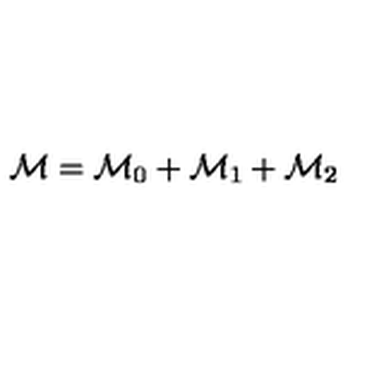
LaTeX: { \cal M } = { \cal M } _ { 0 } + { \cal M } _ { 1 } + { \cal M } _ { 2 }